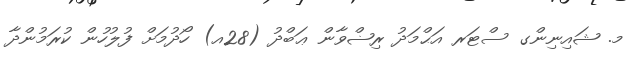
މ. ޝައިނިންގ ސްޓަރ އަޙްމަދު ރިޟްވާން ޢަބްދު (28އ) ހޯދުމަށް ފުލުހުން ކުރަމުންދާ